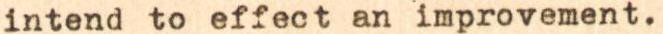
intend to effect an improvement.